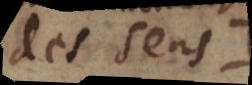
des sens